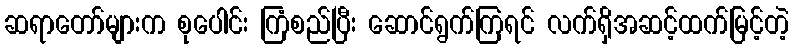
ဆရာတော်များက စုပေါင်း ကြံစည်ပြီး ဆောင်ရွက်ကြရင် လက်ရှိအဆင့်ထက်မြင့်တဲ့